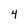
Character: 4